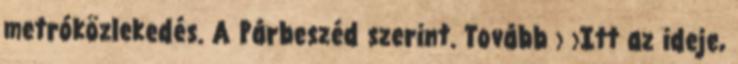
metróközlekedés. A Párbeszéd szerint. Tovább › ›Itt az ideje,